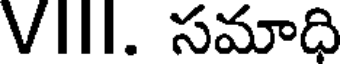
VIII. సమాధి